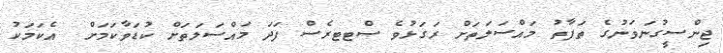
ޖިންސީގުނަވަނުގެ ތަފާތު މައްސަލަތަށް ރަގަޅުވެ ސްޓޓރެސް ފަދަ މައްސަލަތަށް ކުޑަވާކަމަށް  އެކަމަކު